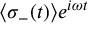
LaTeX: \langle \sigma _ { - } ( t ) \rangle e ^ { i \omega t }